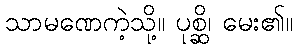
သာမဏေကဲ့သို့။ ပုစ္ဆိ၊ မေး၏။